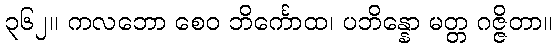
၃၆၂။ ကလဘော စေဝ ဘိင်္ကောထ၊ ပဘိန္နော မတ္တ ဂဇ္ဇိတာ။